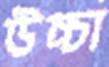
উচ্চা